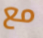
مع